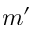
m ^ { \prime }